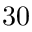
3 0